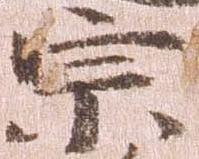
宗